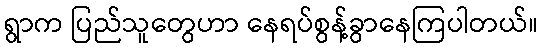
ရွာက ပြည်သူတွေဟာ နေရပ်စွန့်ခွာနေကြပါတယ်။